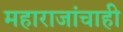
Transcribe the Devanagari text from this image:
महाराजांचाही